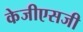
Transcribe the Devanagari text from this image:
केजीएसजी